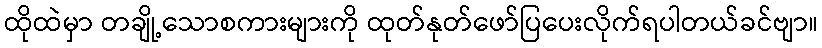
ထိုထဲမှာ တချို့သောစကားများကို ထုတ်နုတ်ဖော်ပြပေးလိုက်ရပါတယ်ခင်ဗျာ။